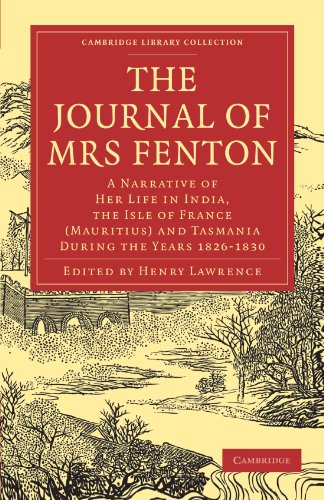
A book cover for The Journal of Mrs Fenton: A Narrative of Her Life in India, the Isle of France (Mauritius) and Tasmania During the Years 1826-1830 (Cambridge Library Collection - Travel and Exploration in Asia); Elizabeth Fenton; Travel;